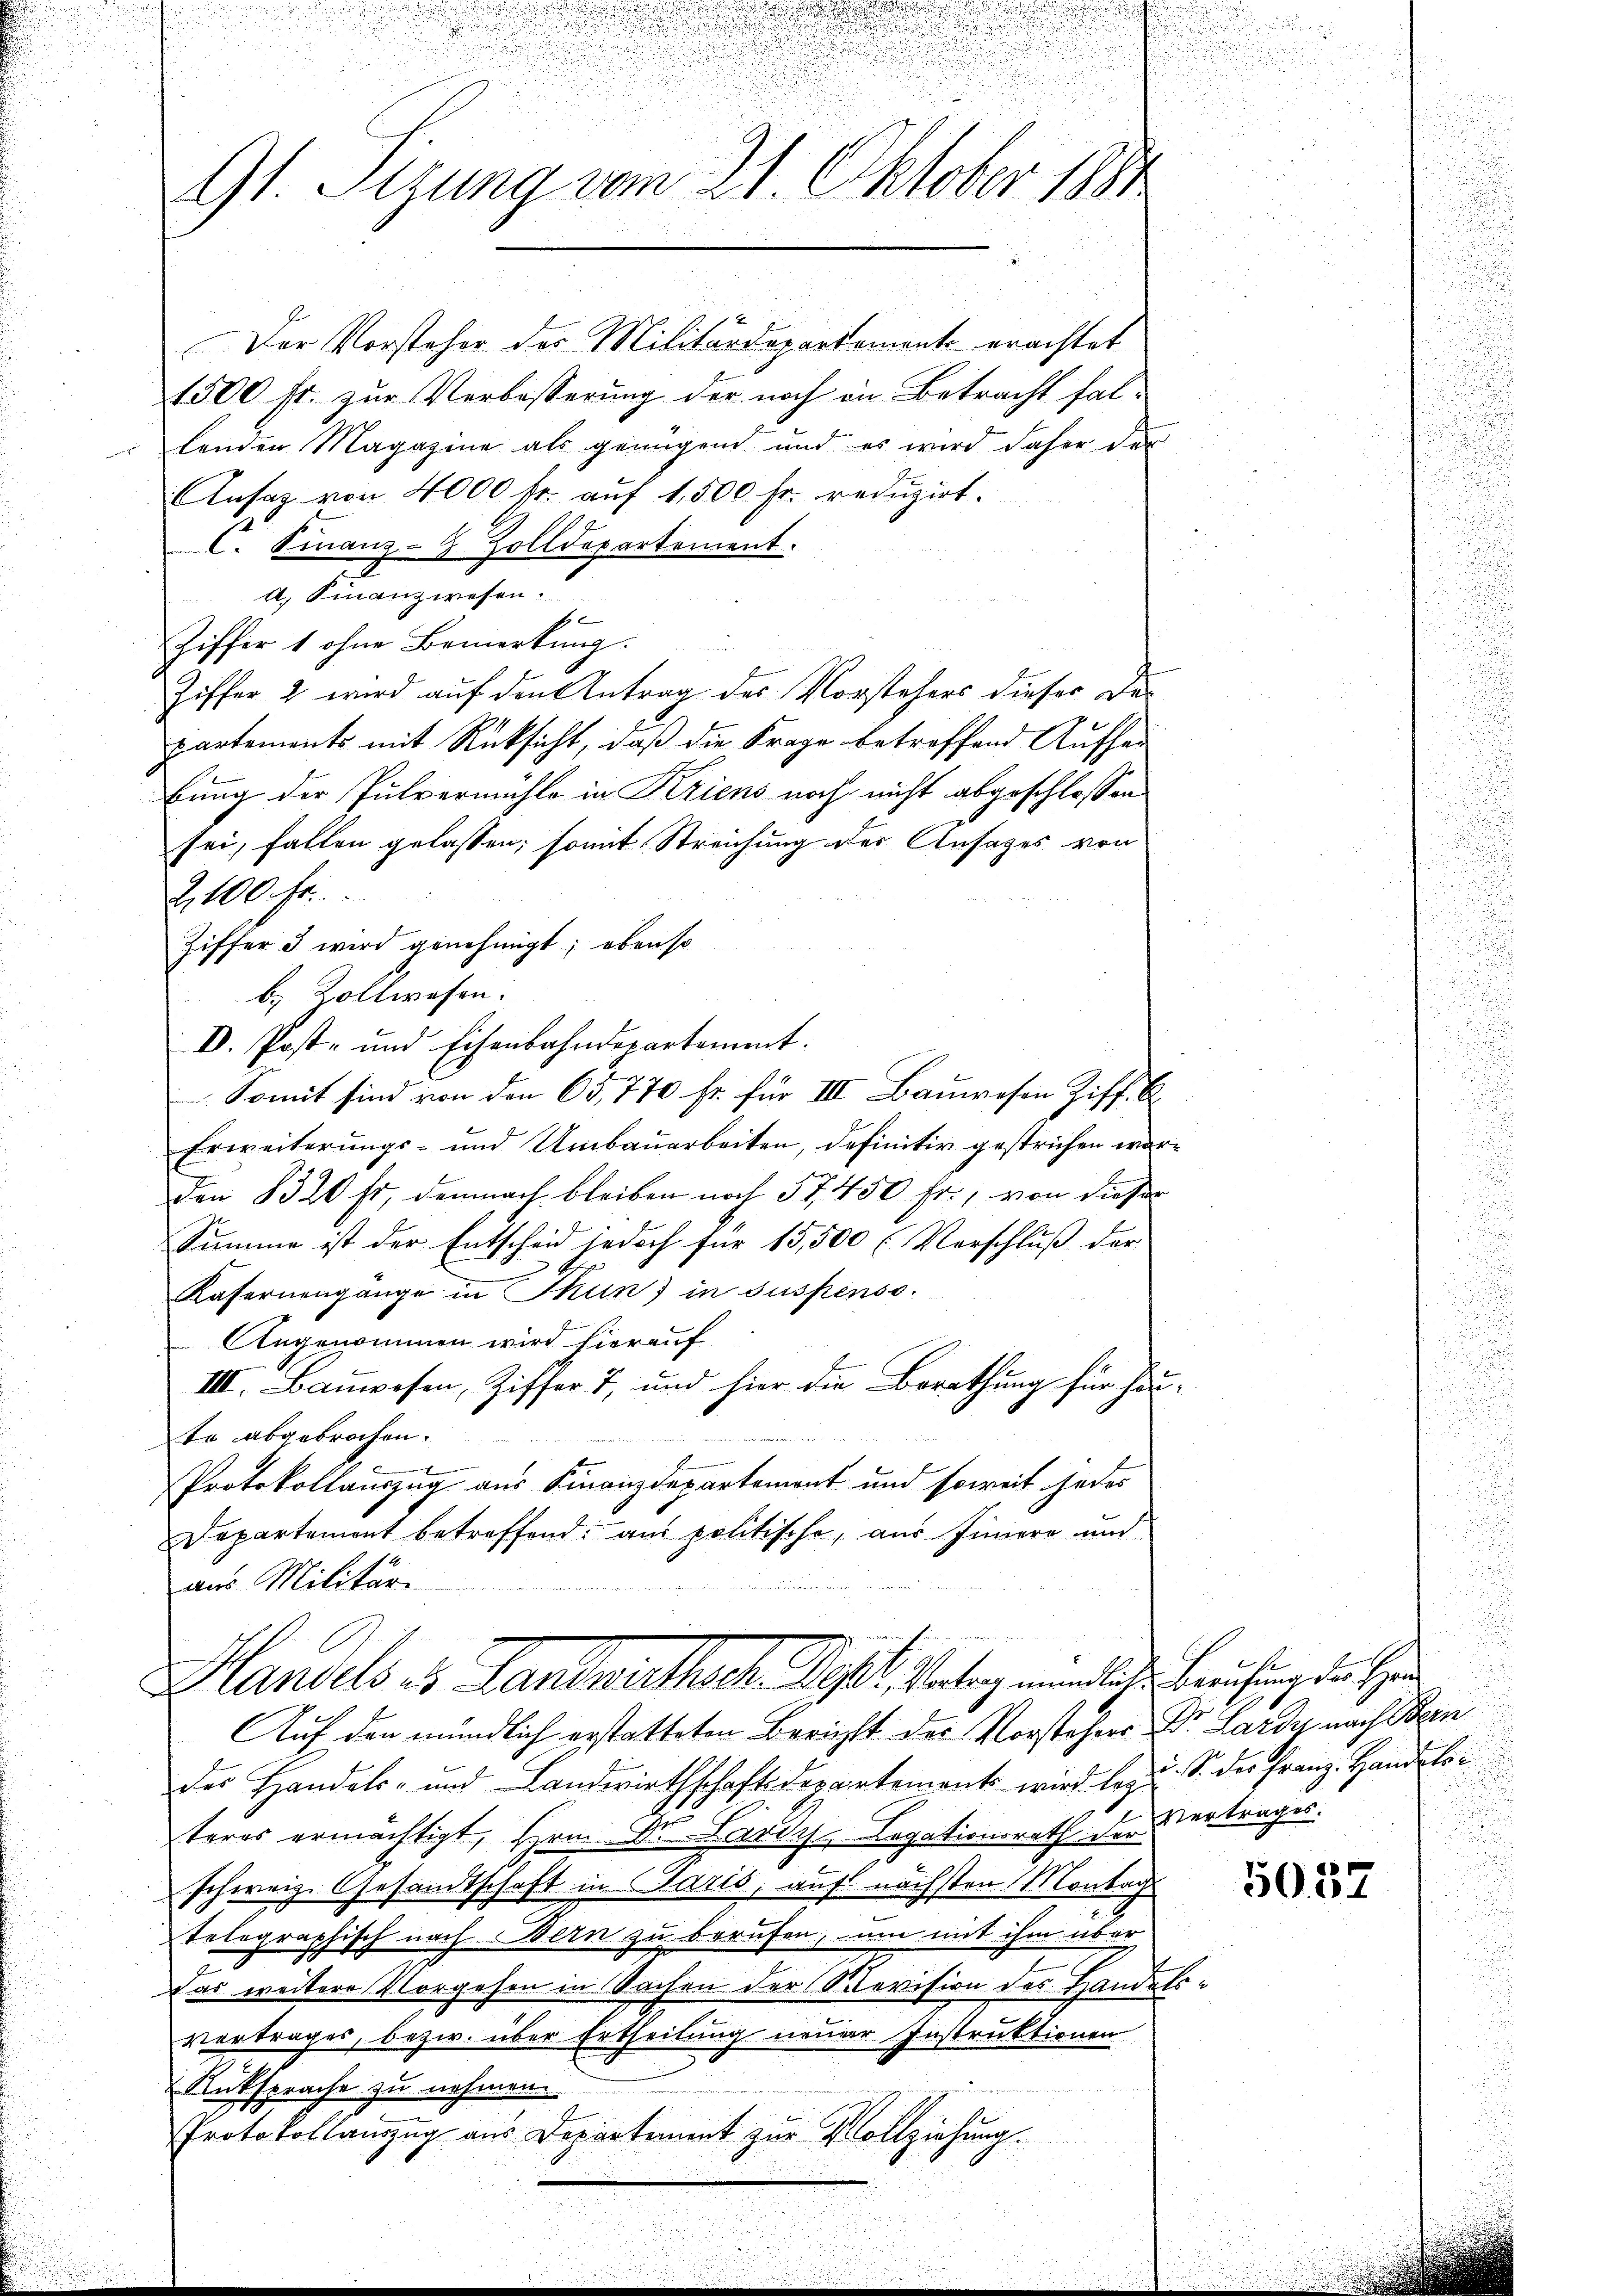
.
G1. Sitzung vom 21. Oktober 1880

Der Vorsteher des Militärdepartement erachtet
1500 fr. zur Verbesserung der noch in Betracht fallenden Magazine als genügend und es wird daher der
Ansaz von 4000 fr. auf 1,500 fr. reduzirt.
l. Finanz-8 Zolldepartement.
a. Finanzwesen.

Ziffer 1 ohne Bemerkung.
Ziffer 2 wird auf den Antrag des Vorstehers dieser Departements mit Rücksicht, daß die Frage betreffend Aufher
bung der Pulvermühle in Kriens noch nicht abgeschlossen
sei, fallen gelassen; somit Streichung des Ansages von
Z,100 Fr.
Ziffer 3 wird genehmigt; ebenso
b. Zollwesen.
D. Post- und Eisenbahndepartement.
Somit sind von den 65,770 fr. für III Bauwesen Ziff. B
Erweiterungs- und Umbauarbeiten, definitiv gestrichen wor¬
Den 1320 fr, demnach bleiben noch 57450 fr., von dieser
Summe ist der Entscheid jedoch für 15,500 (Vorschluß der
Kafernengänge in Thun) in suspenso.
 Angenommen wird hierauf
III. Bauwesen, Ziffer 7, und hier die Berathung für herte abgebrochen.
Protokollauszug aus Finanzdepartemont und soweit jedes
Departement betreffend: aus politische, aus finiere und
aus Militär-
n

Handels es Landwirthsch. Dast. Verlang mündliche Berufung der Her

.

u

.

Auf den mündlich erstatteten Bericht der Vorstehers Dr. Lardy nach Bern
der Handels- und Landwirthschaftsdepartement wird lezu. S. der Franz-Handloteres ermächtigt, Hrn. Dr. Lardys, Legationsrath der Vertrages.
schweiz. Gesamtschaft in Paris, auf nächsten Montag
telegraphisch nach Bern zu berufen, um mit ihm über
Das weitere Vorgehen in Sachen der Revision des Handelsvertrages, bezw. über Ertheilung neuer Instruktionen
Antsprache zu nehmen.
Protokollauszug aus Departement zur Vollziehung.

5057